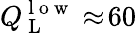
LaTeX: Q_{\mathrm{~L~}}^{\mathrm{~l~o~w~}}\approx\! 60